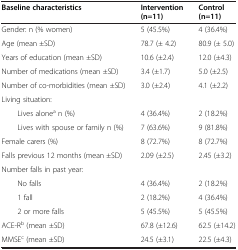
<table><thead><tr><td><b>Baseline characteristics</b></td><td><b>Intervention (n=11)</b></td><td><b>Control (n=11)</b></td></tr></thead><tbody><tr><td>Gender: n (% women)</td><td>5 (45.5%)</td><td>4 (36.4%)</td></tr><tr><td>Age (mean ±SD)</td><td>78.7 (± 4.2)</td><td>80.9 (± 5.0)</td></tr><tr><td>Years of education (mean ±SD)</td><td>10.6 (±2.4)</td><td>12.0 (±4.3)</td></tr><tr><td>Number of medications (mean ±SD)</td><td>3.4 (±1.7)</td><td>5.0 (±2.5)</td></tr><tr><td>Number of co-morbidities (mean ±SD)</td><td>3.0 (±2.4)</td><td>4.1 (±2.2)</td></tr><tr><td>Living situation:</td><td> </td><td> </td></tr><tr><td>Lives alone<sup>a</sup> n (%)</td><td>4 (36.4%)</td><td>2 (18.2%)</td></tr><tr><td>Lives with spouse or family n (%)</td><td>7 (63.6%)</td><td>9 (81.8%)</td></tr><tr><td>Female carers (%)</td><td>8 (72.7%)</td><td>8 (72.7%)</td></tr><tr><td>Falls previous 12 months (mean ±SD)</td><td>2.09 (±2.5)</td><td>2.45 (±3.2)</td></tr><tr><td>Number falls in past year:</td><td> </td><td> </td></tr><tr><td>No falls</td><td>4 (36.4%)</td><td>2 (18.2%)</td></tr><tr><td>1 fall</td><td>2 (18.2%)</td><td>4 (36.4%)</td></tr><tr><td>2 or more falls</td><td>5 (45.5%)</td><td>5 (45.5%)</td></tr><tr><td>ACE-R<sup>b</sup> (mean ±SD)</td><td>67.8 (±12.6)</td><td>62.5 (±14.2)</td></tr><tr><td>MMSE<sup>c</sup> (mean ±SD)</td><td>24.5 (±3.1)</td><td>22.5 (±4.3)</td></tr></tbody></table>